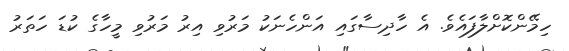
ހިމޭންކޮށްލާފައެވެ. އެ ހާދިސާގައި އަންހެނަކު މަރުވި އިރު މަރުވި މީހާގެ ކުޑަ ހަތަރު